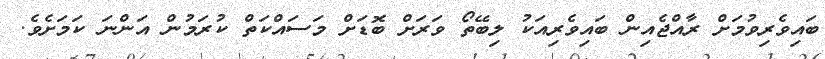
ބައިވެރިވުމަށް ރާއްޖެއިން ބައިވެރިއަކު ލިބޭތޯ ވަރަށް ބޮޑަށް މަސައްކަތް ކުރަމުން އަންނަ ކަމަށެވެ.